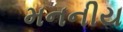
મનનીય